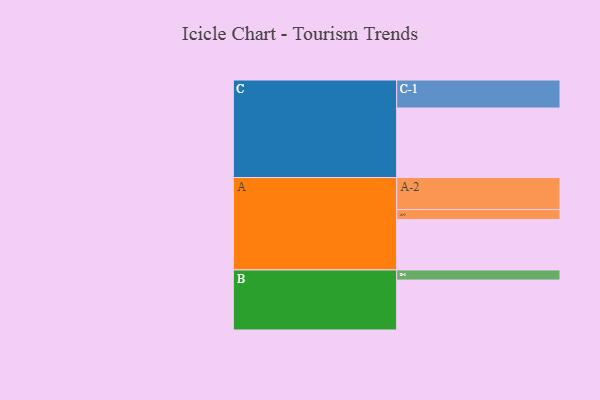
{"axis": {"x": "Segment", "y": "Value"}, "legend": ["", "A", "B", "C"], "data": [{"x": "A", "y": 428, "type": ""}, {"x": "B", "y": 424, "type": ""}, {"x": "C", "y": 590, "type": ""}, {"x": "A-1", "y": 85, "type": "A"}, {"x": "A-2", "y": 272, "type": "A"}, {"x": "B-1", "y": 86, "type": "B"}, {"x": "C-1", "y": 238, "type": "C"}]}